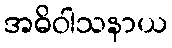
အဓိဝါသနာယ